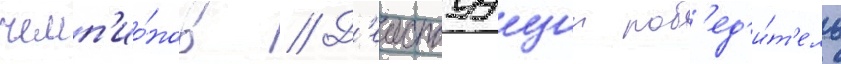
чемп'ио́нов // Д'еиствуущии поб'ед'и́т'ель